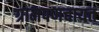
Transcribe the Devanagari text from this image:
ग्रामपणचायत